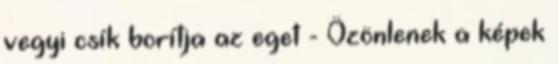
vegyi csík borítja az eget - Özönlenek a képek